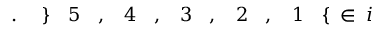
i \! \! \! \! \! \! \! \! \! \! \! \! \in \! \! \! \! \! \! \! \! \! \! \! \! \{ \! \! \! \! \! \! \! \! \! \! \! \! 1 \! \! \! \! \! \! \! \! \! \! \! \! , \! \! \! \! \! \! \! \! \! \! \! \! 2 \! \! \! \! \! \! \! \! \! \! \! \! , \! \! \! \! \! \! \! \! \! \! \! \! 3 \! \! \! \! \! \! \! \! \! \! \! \! , \! \! \! \! \! \! \! \! \! \! \! \! 4 \! \! \! \! \! \! \! \! \! \! \! \! , \! \! \! \! \! \! \! \! \! \! \! \! 5 \! \! \! \! \! \! \! \! \! \! \! \! \} \! \! \! \! \! \! \! \! \! \! \! \! . \! \! \! \! \! \! \! \! \! \! \!